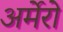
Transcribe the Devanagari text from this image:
अर्मेरो